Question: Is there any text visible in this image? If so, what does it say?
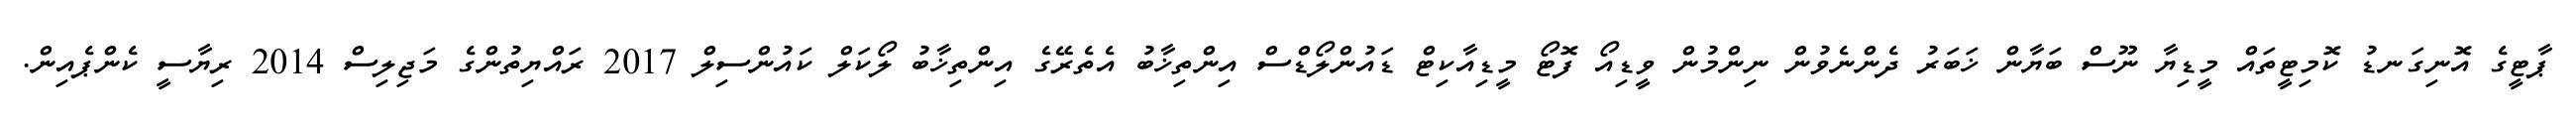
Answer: ޕާޓީގެ އޮނިގަނޑު ކޮމިޓީތައް މީޑިޔާ ނޫސް ބަޔާން ޚަބަރު ދެންނެވުން ނިންމުން ވީޑިއޯ ފޮޓޯ މީޑިއާކިޓް ޑައުންލޯޑްސް އިންތިޚާބު އެތެރޭގެ އިންތިޚާބު ލޯކަލް ކައުންސިލް 2017 ރައްޔިތުންގެ މަޖިލިސް 2014 ރިޔާސީ ކެންޕެއިން.